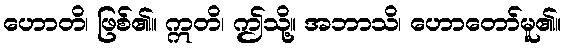
ဟောတိ၊ ဖြစ်၏။ ဣတိ၊ ဤသို့။ အဘာသိ၊ ဟောတော်မူ၏။